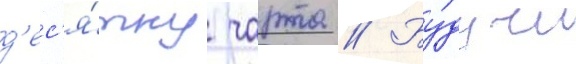
д'ес'я́тку чарта // Бу́дучи